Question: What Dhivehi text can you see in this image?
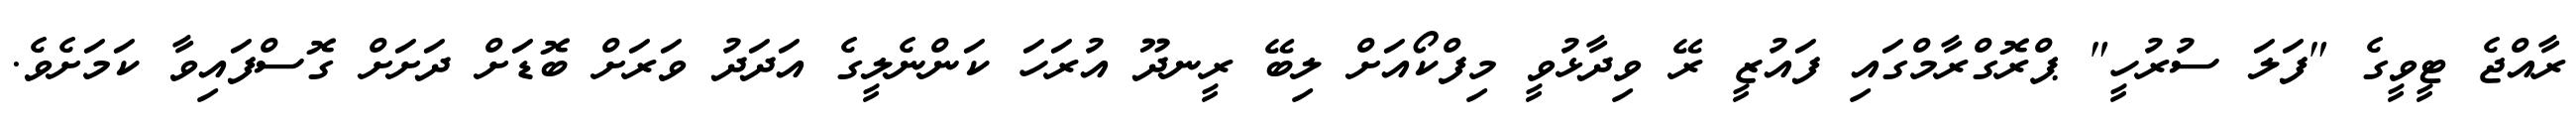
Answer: ރާއްޖެ ޓީވީގެ "ފަލަ ސުރުހީ" ޕްރޮގްރާމްގައި ފައުޒީ ރޭ ވިދާޅުވީ މިފްކޯއަށް ލިބޭ ރީނދޫ އުރަހަ ކަންނެލީގެ އަދަދު ވަރަށް ބޮޑަށް ދަށަށް ގޮސްފައިވާ ކަމަށެވެ.